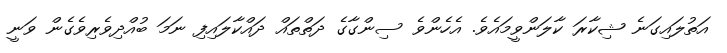
އަތުލައިގަނެ ޝިކާރަ ކާލަންވީމައެވެ. އެހެންވެ ސިންގާގެ ދަތްތައް ދައްކާލައިފި ނަމަ ބުއްދިވެރިވެގެން ވަނީ